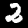
Digit: 2